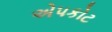
એપકોટ